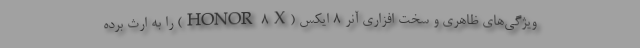
ویژگی‌های ظاهری و سخت افزاری آنر ۸ ایکس (HONOR 8X) را به ارث برده